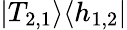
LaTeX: \left|T_{2,1}\right>\! \left<h_{1,2}\right|